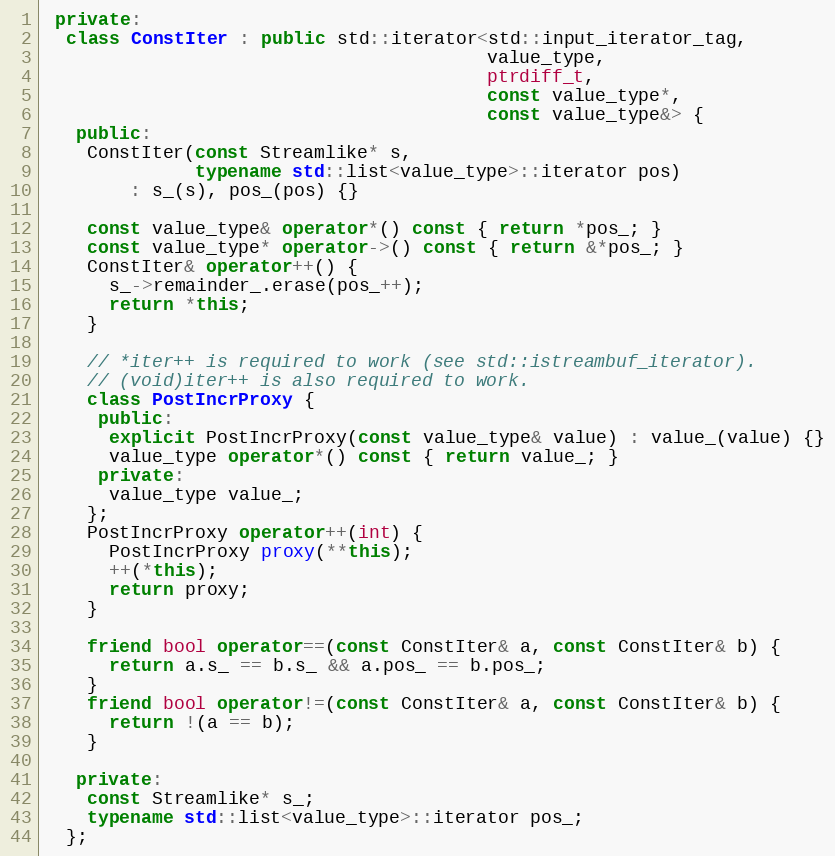
Language: C++
 private:
  class ConstIter : public std::iterator<std::input_iterator_tag,
                                         value_type,
                                         ptrdiff_t,
                                         const value_type*,
                                         const value_type&> {
   public:
    ConstIter(const Streamlike* s,
              typename std::list<value_type>::iterator pos)
        : s_(s), pos_(pos) {}

    const value_type& operator*() const { return *pos_; }
    const value_type* operator->() const { return &*pos_; }
    ConstIter& operator++() {
      s_->remainder_.erase(pos_++);
      return *this;
    }

    // *iter++ is required to work (see std::istreambuf_iterator).
    // (void)iter++ is also required to work.
    class PostIncrProxy {
     public:
      explicit PostIncrProxy(const value_type& value) : value_(value) {}
      value_type operator*() const { return value_; }
     private:
      value_type value_;
    };
    PostIncrProxy operator++(int) {
      PostIncrProxy proxy(**this);
      ++(*this);
      return proxy;
    }

    friend bool operator==(const ConstIter& a, const ConstIter& b) {
      return a.s_ == b.s_ && a.pos_ == b.pos_;
    }
    friend bool operator!=(const ConstIter& a, const ConstIter& b) {
      return !(a == b);
    }

   private:
    const Streamlike* s_;
    typename std::list<value_type>::iterator pos_;
  };